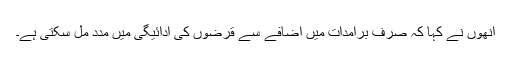
انھوں نے کہا کہ صرف برآمدات میں اضافے سے قرضوں کی ادائیگی میں مدد مل سکتی ہے۔